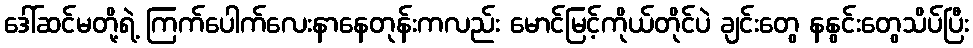
ဒေါ်ဆင်မတို့ရဲ့ ကြက်ပေါက်လေးနာနေတုန်းကလည်း မောင်မြင့်ကိုယ်တိုင်ပဲ ချင်းတွေ နနွင်းတွေသိပ်ပြီး